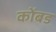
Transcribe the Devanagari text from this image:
कोंबड